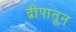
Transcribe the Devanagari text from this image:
द्वीपातून